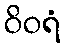
ဝိဝရံ